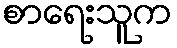
စာရေးသူက